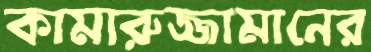
কামারুজ্জামানের